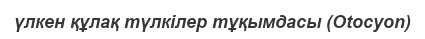
үлкен құлақ түлкілер тұқымдасы (Otocyon)